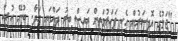
"ޖަލުގެ އޮފިސަރުން އެކި ފަހަރުމަތިން އައިސް ބިރު ދައްކައި ހަދާ. ބުނޭ ހުރިހާ